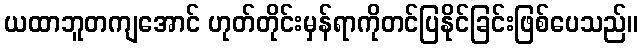
ယထာဘူတကျအောင် ဟုတ်တိုင်းမှန်ရာကိုတင်ပြနိုင်ခြင်းဖြစ်ပေသည်။